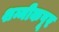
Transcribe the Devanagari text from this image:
शम्मीकपूर